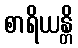
စာရိယန္တိ